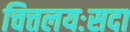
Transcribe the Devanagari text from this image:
चित्तलयःसदा